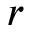
r